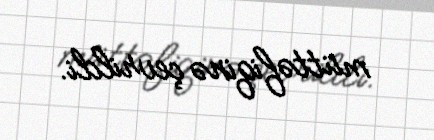
müttəfiqinə çevrildi.